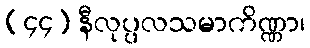
(၄၄) နီလုပ္ပလသမာကိဏ္ဏာ၊